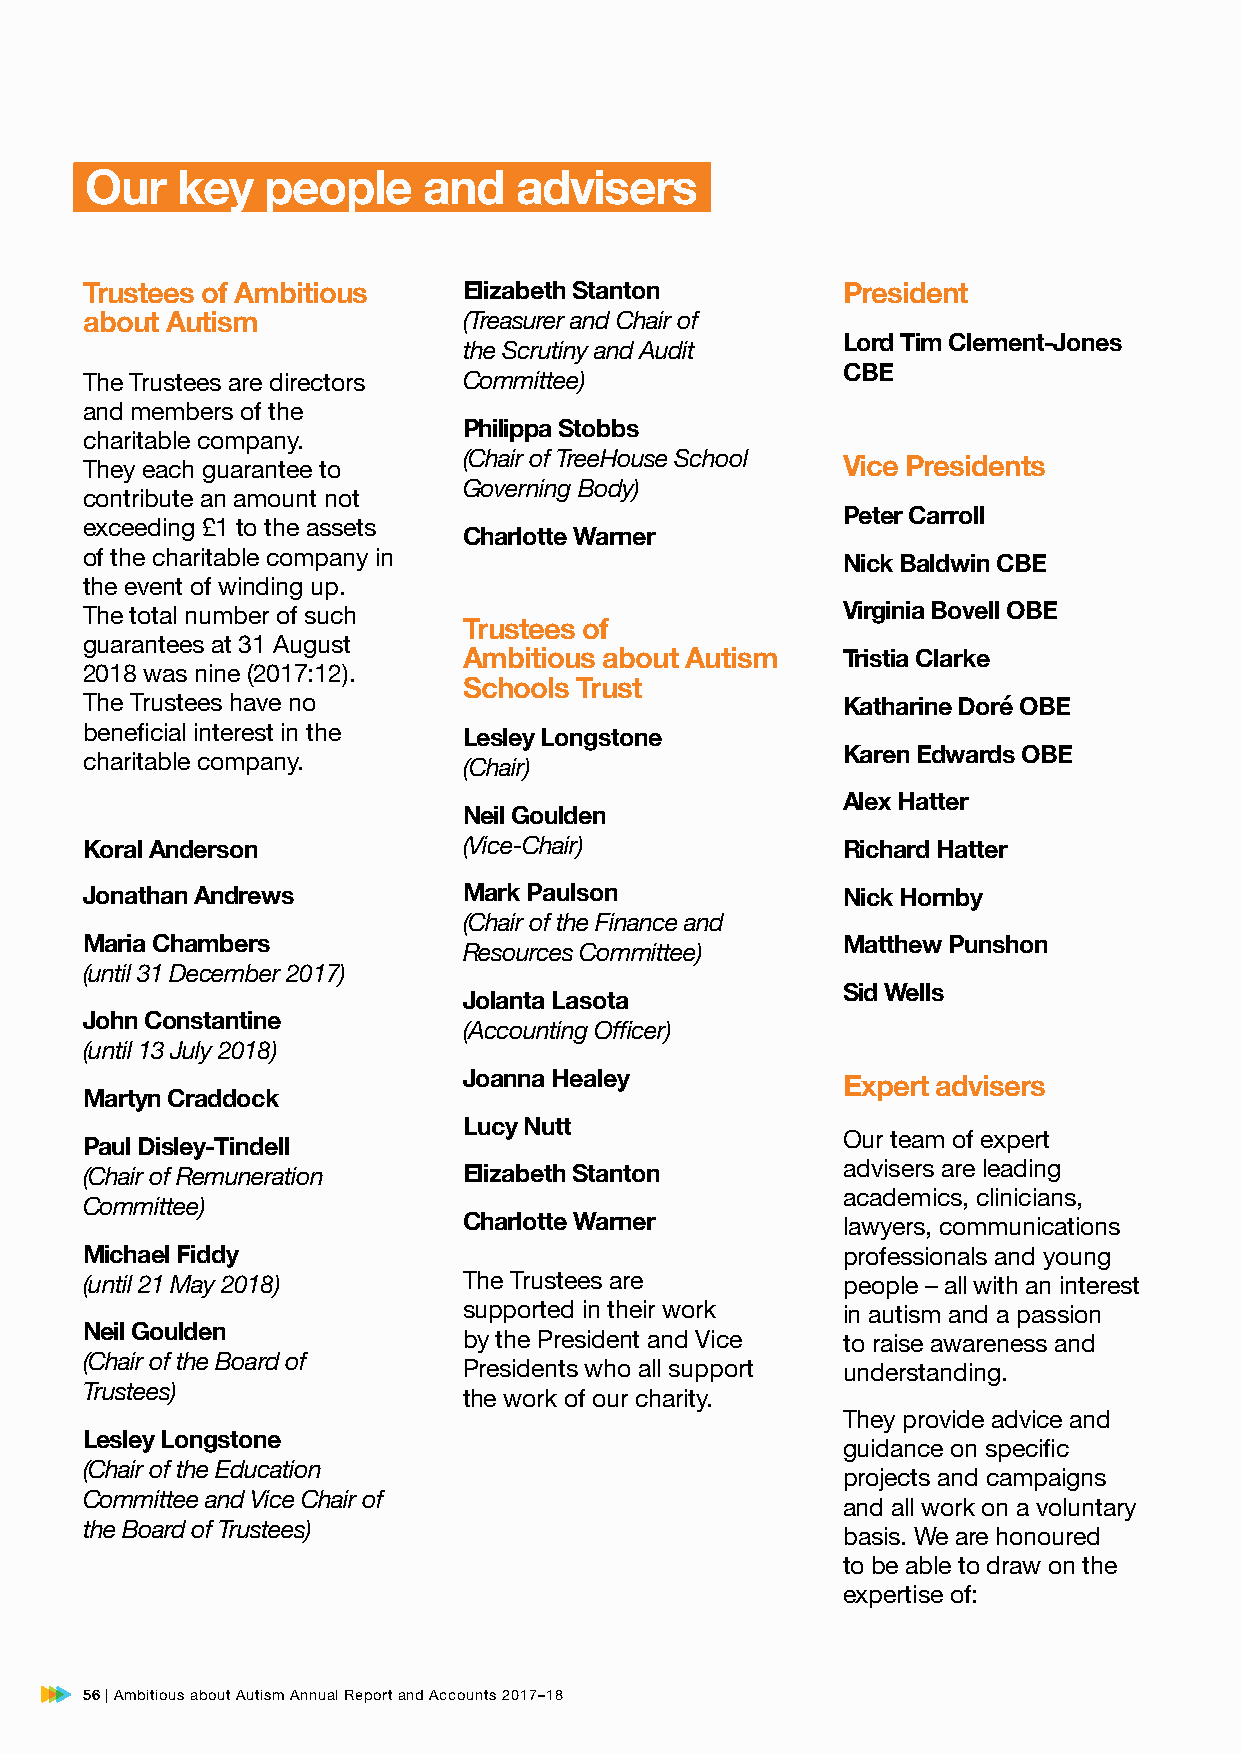
Our   key   people    and   advisers
 Trustees of Ambitious     Elizabeth Stanton        President
 about Autism              (Treasurer and Chair of
 Lord Tim Clement-Jones
 the Scrutiny and Audit
 CBE
 The Trustees are directors Committee)
 and members of the
 Philippa Stobbs
 charitable company.
 (Chair of TreeHouse School
 They each guarantee to                             Vice Presidents
 Governing Body)
 contribute an amount not
 Peter Carroll
 exceeding £1 to the assets
 Charlotte Warner
 of the charitable company in                       Nick Baldwin CBE
 the event of winding up.
 The total number of such                           Virginia Bovell OBE
 Trustees of
 guarantees at 31 August
 Ambitious about Autism   Tristia Clarke
 2018 was nine (2017:12).
 Schools Trust
 The Trustees have no                               Katharine Doré OBE
 beneficial interest in the Lesley Longstone
 Karen Edwards OBE
 charitable company.       (Chair)
 Alex Hatter
 Neil Goulden
 Koral Anderson            (Vice-Chair)             Richard Hatter
 Jonathan Andrews          Mark Paulson             Nick Hornby
 (Chair of the Finance and
 Maria Chambers                                     Matthew Punshon
 Resources Committee)
 (until 31 December 2017)
 Sid Wells
 Jolanta Lasota
 John Constantine
 (Accounting Officer)
 (until 13 July 2018)
 Joanna Healey
 Expert advisers
 Martyn Craddock
 Lucy Nutt
 Our team of expert
 Paul Disley-Tindell
 (Chair of Remuneration    Elizabeth Stanton        advisers are leading
 academics, clinicians,
 Committee)
 Charlotte Warner         lawyers, communications
 Michael Fiddy                                      professionals and young
 (until 21 May 2018)       The Trustees are         people – all with an interest
 supported in their work  in autism and a passion
 Neil Goulden
 by the President and Vice to raise awareness and
 (Chair of the Board of
 Presidents who all support understanding.
 Trustees)
 the work of our charity.
 They provide advice and
 Lesley Longstone
 guidance on specific
 (Chair of the Education
 projects and campaigns
 Committee and Vice Chair of
 and all work on a voluntary
 the Board of Trustees)
 basis. We are honoured
 to be able to draw on the
 expertise of:
 56 | Ambitious about Autism Annual Report and Accounts 2017–18